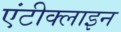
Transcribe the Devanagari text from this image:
एंटीक्लाइन